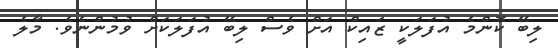
ލިބޭ ކޮންމެ އުފަލަކީ ޒައިކް އަށް ވެސް ލިބޭ އުފަލަކަށް ވުމުންނެވެ. މާލެ